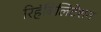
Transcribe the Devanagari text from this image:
रिहॅबिलिटेशन